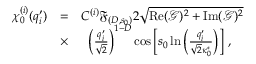
\begin{array} { r l r } { \chi _ { 0 } ^ { ( i ) } ( q _ { i } ^ { \prime } ) } & { = } & { C ^ { ( i ) } \mathfrak { F } _ { ( D , s _ { 0 } ) } 2 \sqrt { \operatorname { R e } ( \mathcal { G } ) ^ { 2 } + \operatorname { I m } ( \mathcal { G } ) ^ { 2 } } } \\ & { \times } & { \left( \frac { q _ { i } ^ { \prime } } { \sqrt { 2 } } \right) ^ { 1 - D } \cos \left[ s _ { 0 } \ln \left( \frac { q _ { i } ^ { \prime } } { \sqrt { 2 } \kappa _ { 0 } ^ { * } } \right) \right] \, , \ \ \ } \end{array}